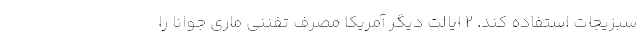
سبزیجات استفاده کند. 2 ایالت دیگر آمریکا مصرف تفننی ماری جوانا را